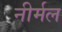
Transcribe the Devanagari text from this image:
नीर्मल